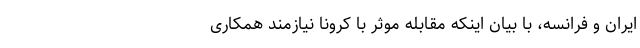
ایران و فرانسه، با بیان اینکه مقابله موثر با کرونا نیازمند همکاری